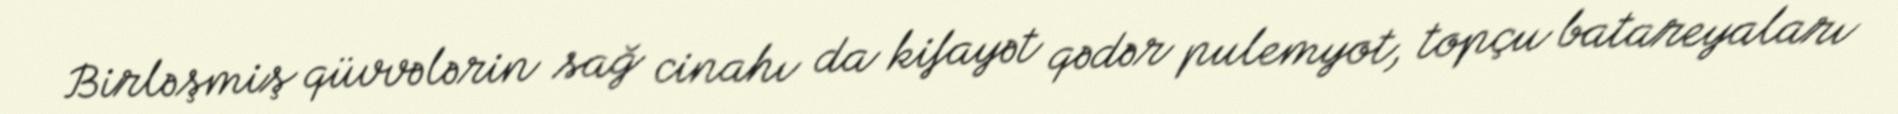
Birləşmiş qüvvələrin sağ cinahı da kifayət qədər pulemyot, topçu batareyaları